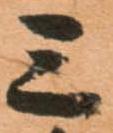
三